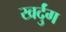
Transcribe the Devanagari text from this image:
खर्दुंग